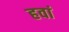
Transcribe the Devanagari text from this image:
हवां